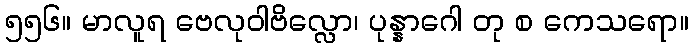
၅၅၆။ မာလူရ ဗေလုဝါဗိလ္လော၊ ပုန္နာဂေါ တု စ ကေသရော။